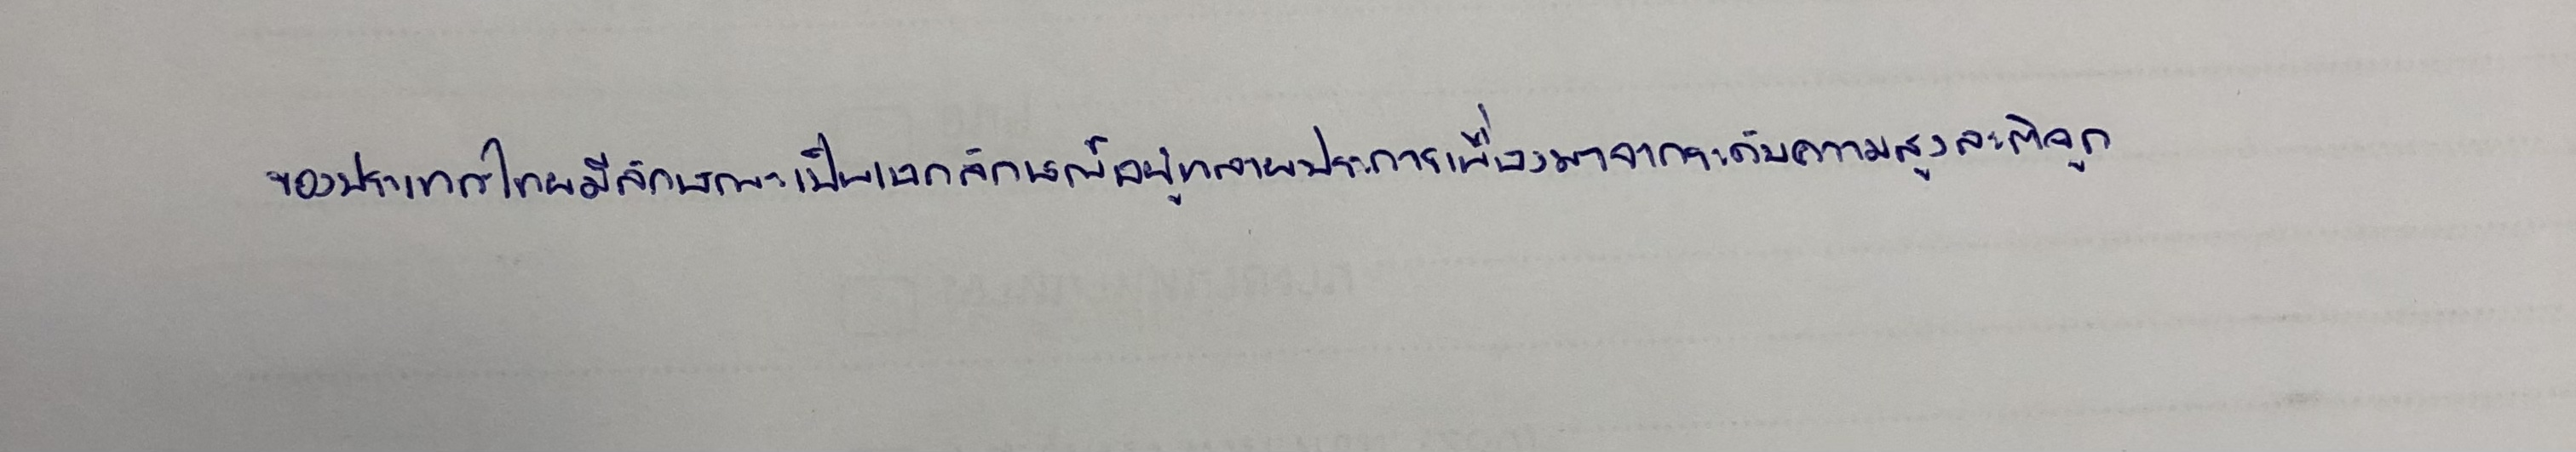
ของประเทศไทยมีลักษณะเป็นเอกลักษณ์อยู่หลายประการเนื่องมาจากระดับความสูงละติจูด